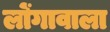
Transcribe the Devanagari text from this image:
लोंगावाला